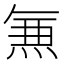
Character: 𭵄